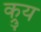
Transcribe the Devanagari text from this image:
क्रुय